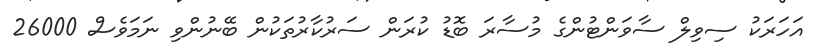
އަހަރަކު ސިވިލް ސާވަންޓުންގެ މުސާރަ ބޮޑު ކުރަން ސަރުކާރުތަކުން ބޭނުންވި ނަމަވެސް 26000